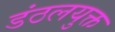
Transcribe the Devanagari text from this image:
डंठलयुक्त